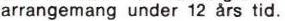
arrangemang undedr 12 års tid.